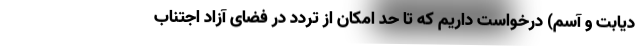
دیابت و آسم) درخواست داریم که تا حد امکان از تردد در فضای آزاد اجتناب